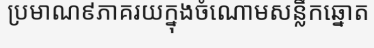
ប្រមាណ៩ភាគរយក្នុងចំណោមសន្លឹកឆ្នោត